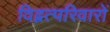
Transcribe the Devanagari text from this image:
विद्वत्परिवारों